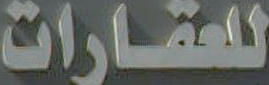
للعقارات